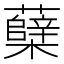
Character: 蘖